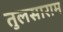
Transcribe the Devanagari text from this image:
तुलसाराम